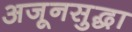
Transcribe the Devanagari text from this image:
अजूनसुद्धा